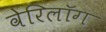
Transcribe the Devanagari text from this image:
वेरिलॉग